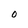
Character: O